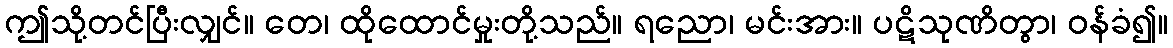
ဤသို့တင်ပြီးလျှင်။ တေ၊ ထိုထောင်မှုးတို့သည်။ ရညော၊ မင်းအား။ ပဋိသုဏိတွာ၊ ဝန်ခံ၍။